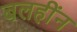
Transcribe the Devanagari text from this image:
बलहींन